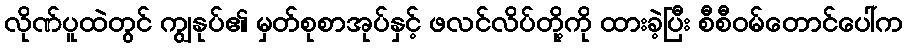
လိုဏ်ပူထဲတွင် ကျွနုပ်၏ မှတ်စုစာအုပ်နှင့် ဖလင်လိပ်တို့ကို ထားခဲ့ပြီး စီစီဝမ်တောင်ပေါ်က